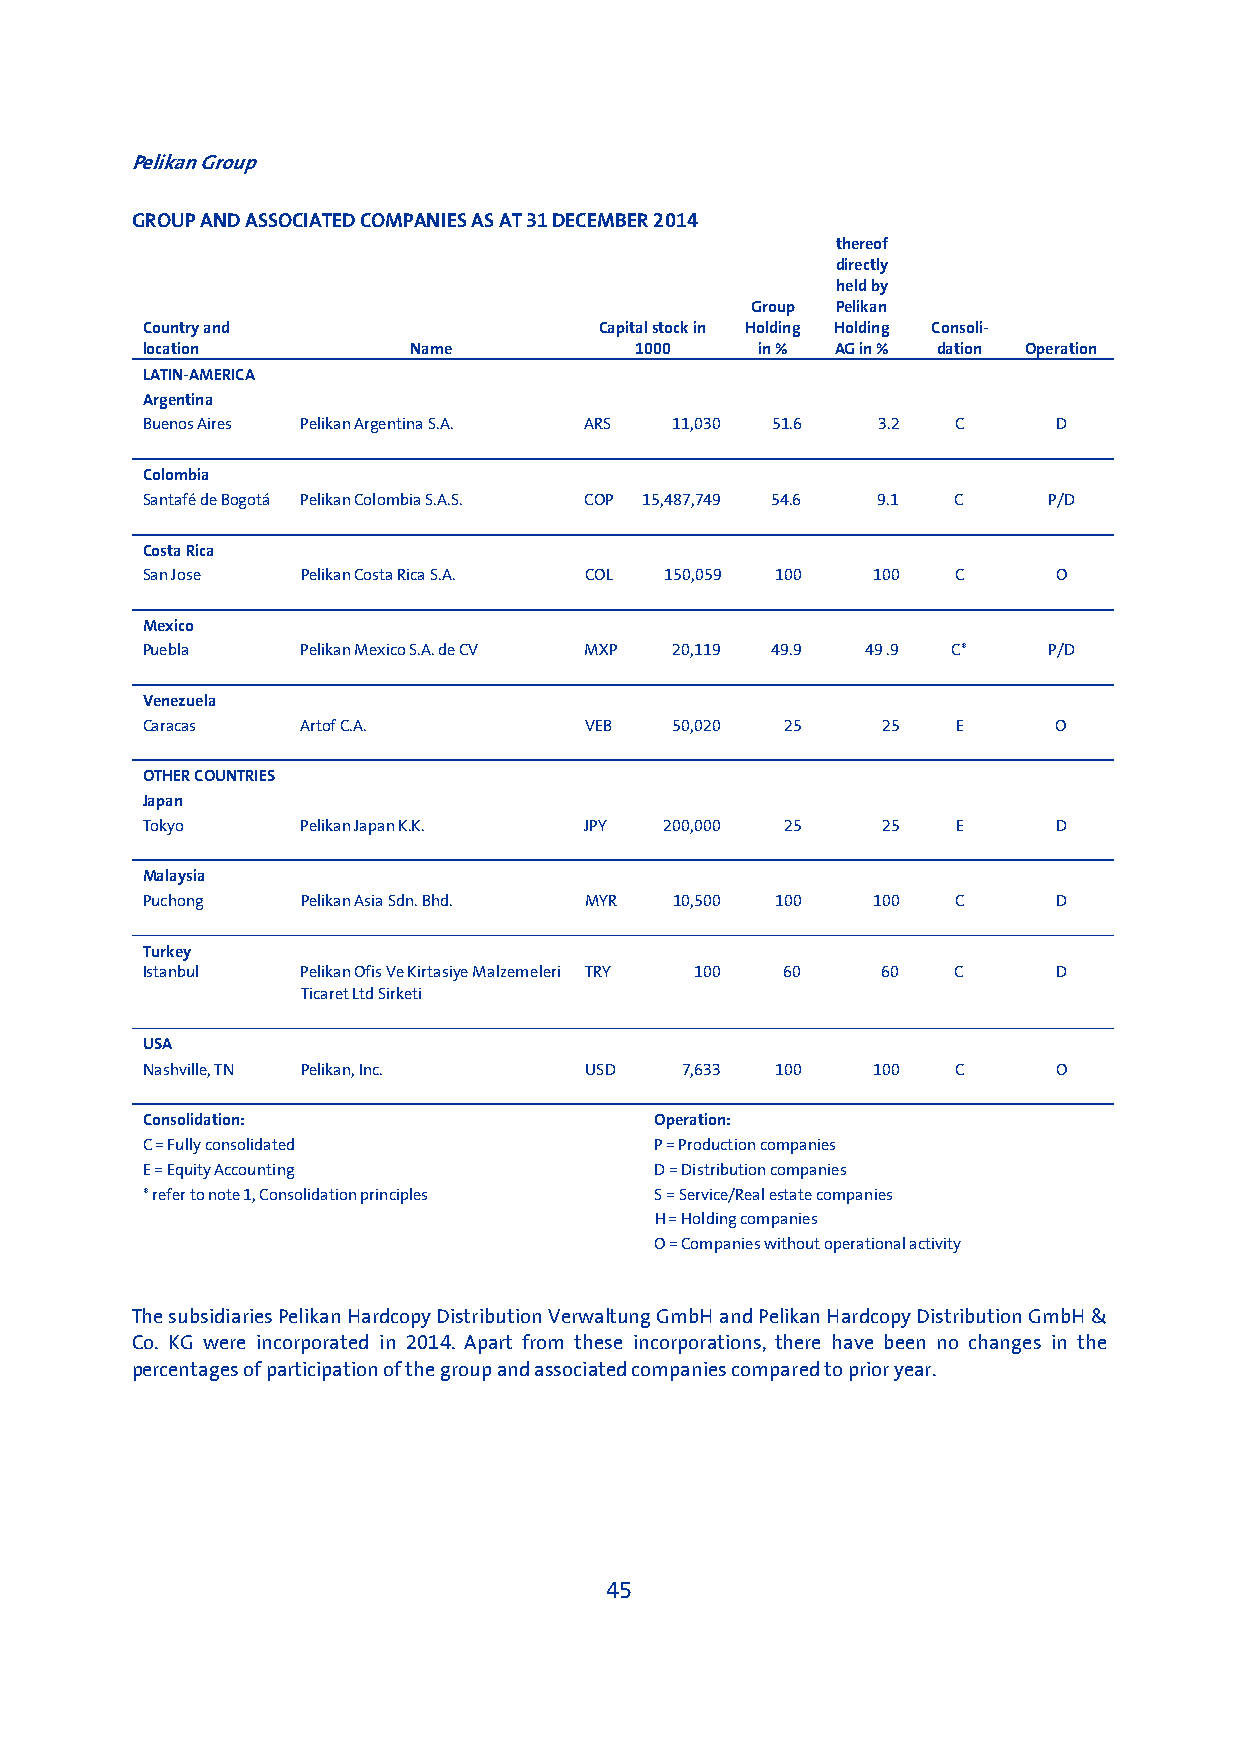
Pelikan Group
 GROUP AND ASSOCIATED COMPANIES AS AT 31 DECEMBER 2014
 thereof
 directly
 held by
 Group Pelikan
 Country and                    Capital stock in Holding Holding Consoli-
 location          Name           1000    in % AG in % dation Operation
 LATIN-AMERICA
 Argentina
 Buenos Aires Pelikan Argentina S.A. ARS 11,030 51.6 3.2 C    D
 Colombia
 Santafé de Bogotá Pelikan Colombia S.A.S. COP 15,487,749 54.6 9.1 C P/D
 Costa Rica
 San Jose   Pelikan Costa Rica S.A. COL 150,059 100 100 C     O
 Mexico
 Puebla     Pelikan Mexico S.A. de CV MXP 20,119 49.9 49 .9 C* P/D
 Venezuela
 Caracas    Artof C.A.         VEB   50,020 25    25   E      O
 OTHER COUNTRIES
 Japan
 Tokyo      Pelikan Japan K.K. JPY  200,000 25    25   E      D
 Malaysia
 Puchong    Pelikan Asia Sdn. Bhd. MYR 10,500 100 100  C      D
 Turkey
 Istanbul   Pelikan Ofis Ve Kirtasiye Malzemeleri TRY 100 60 60 C D
 Ticaret Ltd Sirketi
 USA
 Nashville, TN Pelikan, Inc.   USD   7,633 100    100  C      O
 Consolidation:                    Operation:
 C = Fully consolidated            P = Production companies
 E = Equity Accounting             D = Distribution companies
 * refer to note 1, Consolidation principles S = Service/Real estate companies
 H = Holding companies
 O = Companies without operational activity
 The subsidiaries Pelikan Hardcopy Distribution Verwaltung GmbH and Pelikan Hardcopy Distribution GmbH &
 Co. KG were incorporated in 2014. Apart from these incorporations, there have been no changes in the
 percentages of participation of the group and associated companies compared to prior year.
 45